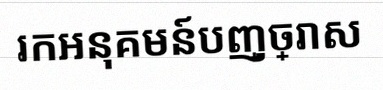
រកអនុគមន៍បញ្ច្រាស